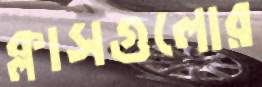
ক্লাসগুলোর